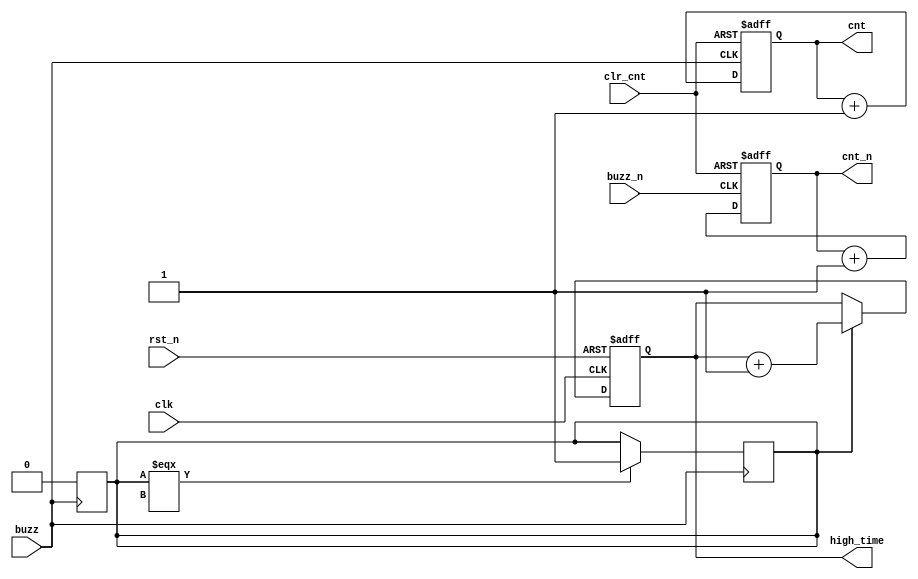
module buzz_counter(clk, rst_n, buzz, buzz_n, clr_cnt, cnt, cnt_n, high_time);

  input clk, rst_n;
  input buzz,buzz_n;
  input clr_cnt;
  
  output reg [3:0] cnt;
  output reg [3:0] cnt_n;
  output reg [13:0] high_time;
  
  reg first_high;
  
  always @(posedge clk, negedge rst_n)
    if (!rst_n)
	  high_time <= 14'h0000;
    else if (first_high)
	  high_time <= high_time + 1;
	  
  always @(posedge buzz)
    if (first_high===1'bx)
	  first_high = 1'b1;
	  
  always @(negedge buzz)
    if (first_high)
	  first_high <= 1'b0;
	
  always @(posedge buzz, posedge clr_cnt)
    if (clr_cnt)
	  cnt <= 4'b0000;
	else
	  cnt <= cnt + 1;
	  
  always @(posedge buzz_n, posedge clr_cnt)
    if (clr_cnt)
	  cnt_n <= 4'b0000;
	else
	  cnt_n <= cnt_n + 1;
	  
endmodule